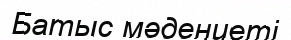
Батыс мәдениеті